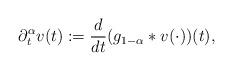
LaTeX: \begin{align*}\partial_{t}^{\alpha}v(t) := \frac{d}{dt}(g_{1-\alpha}*v(\cdot))(t),\end{align*}